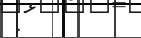
: